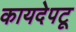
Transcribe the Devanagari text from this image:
कायदेपटू